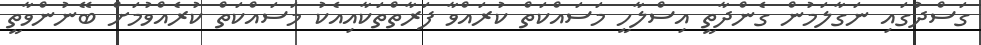
ގަސްދުގައި ނަގާލަމުން ގެންދާތީ އިސްލާހީ މަސައްކަތް ކުރައްވާ ފަރާތްތަކާއިއެކު މަސައްކަތް ކުރެއްވުމަށް ބޭނުންވާތީ